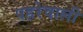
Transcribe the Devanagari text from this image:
पहरेवाली